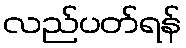
လည်ပတ်ရန်